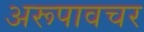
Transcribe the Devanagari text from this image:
अरूपावचर